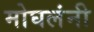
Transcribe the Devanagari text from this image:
मोघलंनी